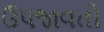
ઉપજાવતો